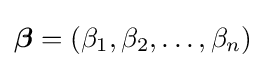
{\boldsymbol {\beta }}=(\beta _{1},\beta _{2},\dots ,\beta _{n})